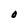
Character: O